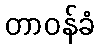
တာဝန်ခံ